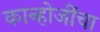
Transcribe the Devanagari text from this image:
कान्होजींचा